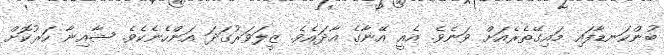
ބުންކަނޑާފައި މައިގޭތެރެއަށް ވަނެވެ. އެއީ އޭނާގެ އާދައެވެ. ޒީލަވަރުގަދަ އަންހެނެކެވެ. ޝާއިނާ ހަރުކޮށް